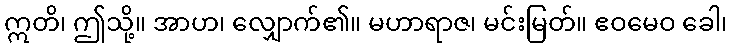
ဣတိ၊ ဤသို့။ အာဟ၊ လျှောက်၏။ မဟာရာဇ၊ မင်းမြတ်။ ဧဝမေဝ ခေါ၊